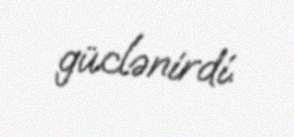
güclənirdi.